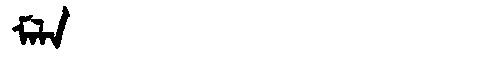
Manchu: ᠮᠠᠯᠠ
Romanization: MALA